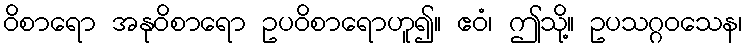
ဝိစာရော အနုဝိစာရော ဥပဝိစာရောဟူ၍။ ဧဝံ၊ ဤသို့။ ဥပသဂ္ဂဝသေန၊